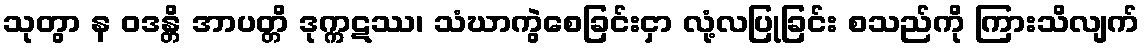
သုတွာ န ဝဒန္တိ အာပတ္တိ ဒုက္ကဋဿ၊ သံဃာကွဲစေခြင်းငှာ လုံ့လပြုခြင်း စသည်ကို ကြားသိလျက်